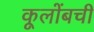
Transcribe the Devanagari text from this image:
कूलोंबची